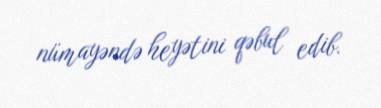
nümayəndə heyətini qəbul edib.